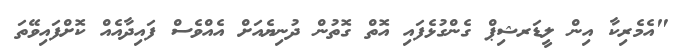
"އެމެރިކާ އިން ލީޑަރޝިޕް ގެންގުޅެފައި އޮތް ގޮތުން ދުނިޔެއަށް އެއްވެސް ފައިދާއެއް ކޮށްފައިވޭތަ